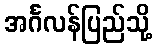
အင်္ဂလန်ပြည်သို့